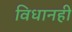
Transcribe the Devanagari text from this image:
विधानही